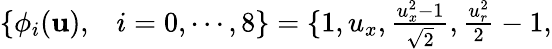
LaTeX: \begin{array}{rl}{\{ \phi_{i}(\mathbf{u}),}&{{}i=0,\cdots,8\} =\{ 1,{u}_{x},\frac{{u}_{x}^{2}-1}{\sqrt{2}},\frac{{u}_{r}^{2}}{2}-1,}\end{array}